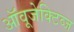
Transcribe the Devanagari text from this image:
ऑवूजेक्टिव्ज